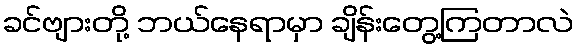
ခင်ဗျားတို့ ဘယ်နေရာမှာ ချိန်းတွေ့ကြတာလဲ